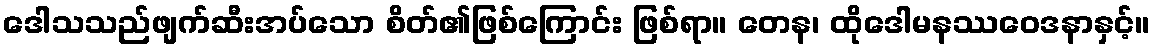
ဒေါသသည်ဖျက်ဆီးအပ်သော စိတ်၏ဖြစ်ကြောင်း ဖြစ်ရာ။ တေန၊ ထိုဒေါမနဿဝေဒနာနှင့်။